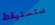
ستستيقظ